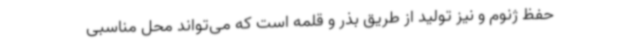
حفظ ژنوم و نیز تولید از طریق بذر و قلمه است که می‌تواند محل مناسبی